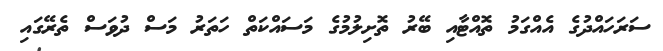
ސަރަހައްދުގެ އެއްގަމު ތޮއްޓާއި ބޭރު ތޮށިލުމުގެ މަސައްކަތް ހަތަރު މަސް ދުވަސް ތެރޭގައި